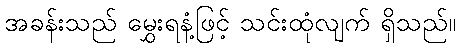
အခန်းသည် မွှေးရနံ့ဖြင့် သင်းထုံလျက် ရှိသည်။